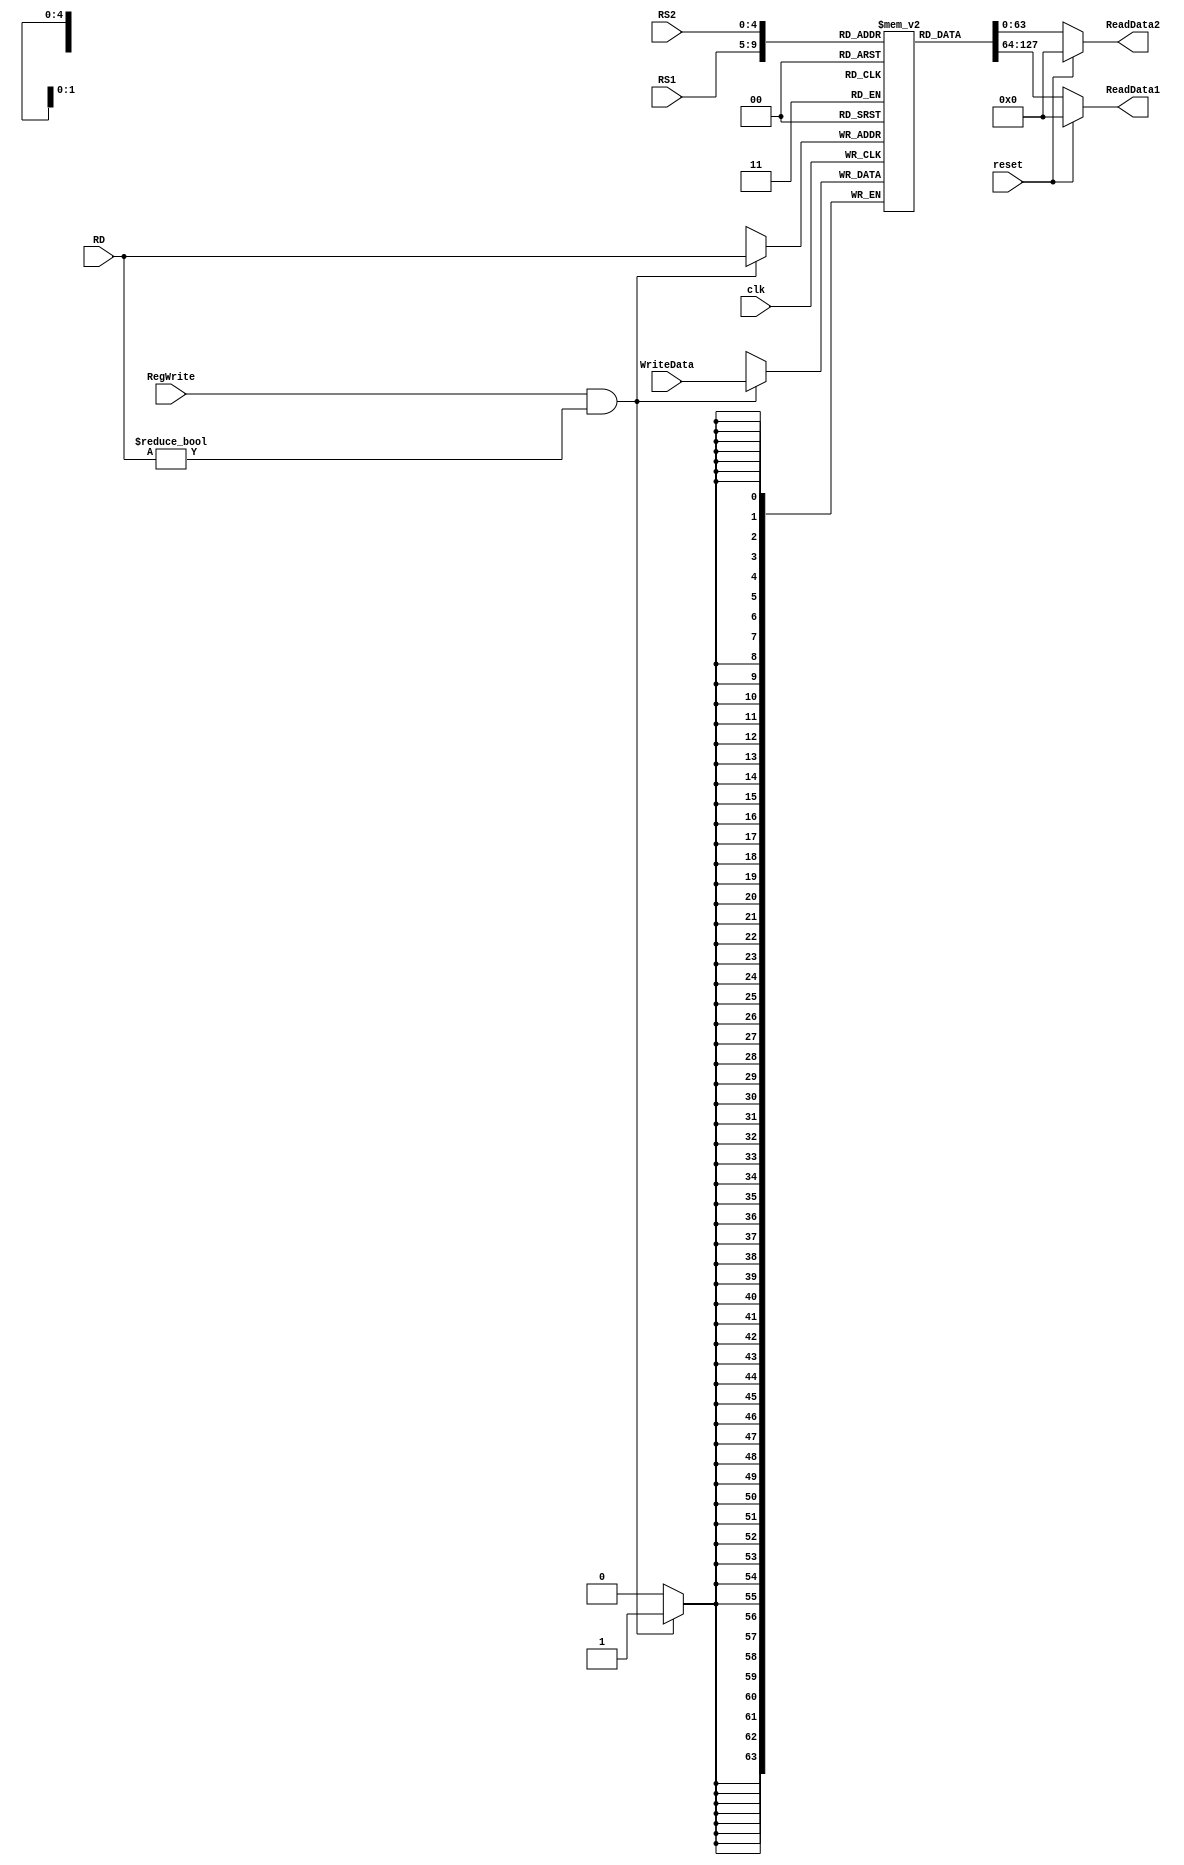
module registerFile
  (
    input [63:0] WriteData,
    input [4:0] RS1,
    input [4:0] RS2,
    input [4:0] RD,
    input RegWrite,
    input clk,
    input reset,
    output reg [63:0] ReadData1,
    output reg [63:0] ReadData2
  );
  
  reg [63:0] Registers[31:0];
  initial
  begin
    Registers[0] = 64'h0;
    Registers[1] = 64'd2;
    Registers[2] = 64'd40;
    Registers[3] = 64'd38;
    Registers[4] = 64'd100;
    Registers[5] = 64'd110;
    Registers[6] = 64'd500;
    Registers[7] = 64'd1000;
    Registers[8] = 64'd10000;
    Registers[9] = 64'd51;
    Registers[10] = 64'd90;
    Registers[11] = 64'd9000;
    Registers[12] = 64'd150;
    Registers[13] = 64'd200;
    Registers[14] = 64'd400;
    Registers[15] = 64'd10;
    Registers[16] = 64'd348;
    Registers[17] = 64'd73;
    Registers[18] = 64'd323;
    Registers[19] = 64'd402;
    Registers[20] = 64'd232;
    Registers[21] = 64'd21;
    Registers[22] = 64'd22;
    Registers[23] = 64'd23;
    Registers[24] = 64'd24;
    Registers[25] = 64'd25;
    Registers[26] = 64'd26;
    Registers[27] = 64'd27;
    Registers[28] = 64'd28;
    Registers[29] = 64'd29;
    Registers[30] = 64'd30;
    Registers[31] = 64'd31;
  end
  
  always@(posedge clk)
  begin
    if (RegWrite == 1'b1 && RD != 0)
      begin
        Registers[RD] = WriteData;
      end
  end
  
  always @(RS1 or RS2 or reset or clk)
  begin
    if (reset == 1'b1)
      begin
        ReadData1 = 64'b0;
        ReadData2 = 64'b0;
      end
    else
      begin
        ReadData1 = Registers[RS1];
        ReadData2 = Registers[RS2];
      end
  end
  
endmodule